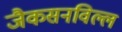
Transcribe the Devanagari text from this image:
जैकसनविल्ल